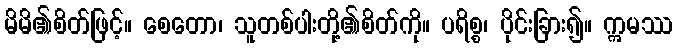
မိမိ၏စိတ်ဖြင့်။ စေတော၊ သူတစ်ပါးတို့၏စိတ်ကို။ ပရိစ္စ၊ ပိုင်းခြား၍။ ဣမဿ